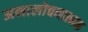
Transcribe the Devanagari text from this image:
अनालोचनात्मक